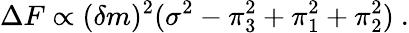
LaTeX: \Delta F\propto(\delta m)^{2}(\sigma^{2}-\pi_{3}^{2}+\pi_{1}^{2}+\pi_{2}^{2})~.